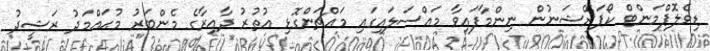
ޑިވެލޮޕްމަންޓް ކޯޕަރޭޝަނުން ނިންމާފައިވާ މައްސަލައިގައި މައްޗަންގޮޅި އުތުރު ދާއިރާގެ މެންބަރު މުޙައްމަދު ރަޝީދު